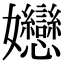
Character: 㜻